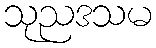
သုညဒသမ